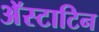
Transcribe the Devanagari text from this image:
अॅस्टाटिन